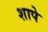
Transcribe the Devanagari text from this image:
शापे